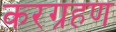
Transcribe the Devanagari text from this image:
करग्रहण